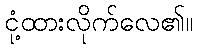
ငုံ့ထားလိုက်လေ၏။